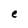
Character: e